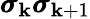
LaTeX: \pmb{\sigma}_{\mathbf{k}}\pmb{\sigma}_{\mathbf{k}+1}